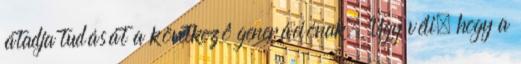
átadja tudását a következô generációnak. Úgy véli, hogy a